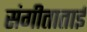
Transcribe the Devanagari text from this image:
संगीताताई